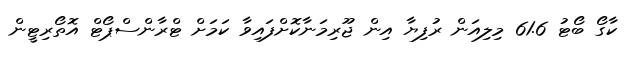
ކާގޯ ބޯޓު 61.6 މިލިއަން ރުފިޔާ އިން ޖޫރިމަނާކޮށްފައިވާ ކަމަށް ޓްރާންސްޕޯޓް އޮތޯރިޓީން